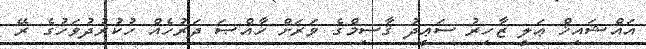
އައްޝައިޚް ޢަލީ ޒާހިރު ސަޢީދު ޤާސިމްގެ ވަރަށް ޚާއްޞަ ދަރުހެއް ހުކުރުދުވަހުގެ ރޭ